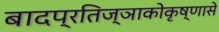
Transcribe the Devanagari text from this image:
बादप्रतिज्ञाकोकृष्णासे